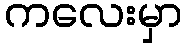
ကလေးမှာ